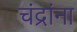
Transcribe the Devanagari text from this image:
चंद्रांना